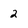
Character: 2